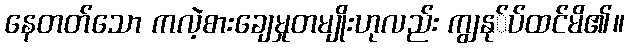
နေတတ်သော ကလဲ့စားချေမှုတမျိုးဟုလည်း ကျွနု်ပ်ထင်မိ၏။